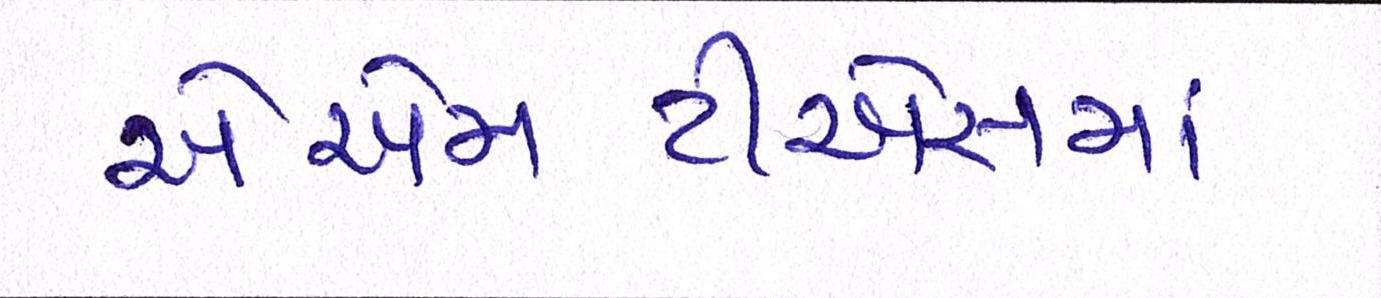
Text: એએમટીએસમાં